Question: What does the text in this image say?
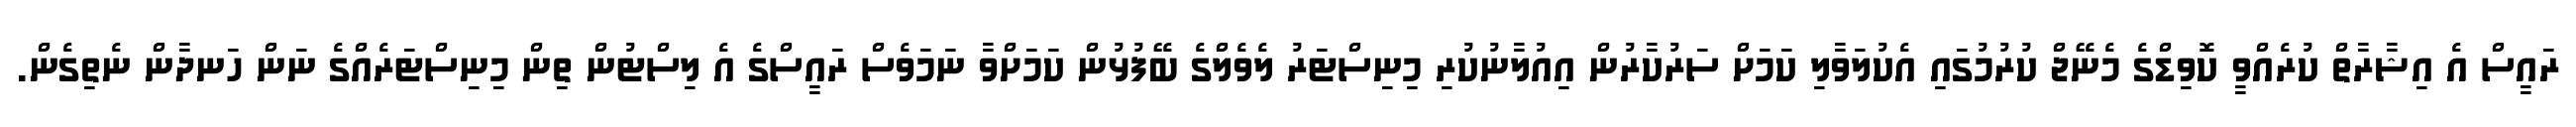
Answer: ރައީސް އެ އިޝާރާތް ކުރެއްވީ ކޮވިޑްގެ މެނޭޖް ކުރުމުގައި އެކުލަވާލި ކަމަށް ސަރުކާރުން އިއުލާނުކުރި މިނިސްޓަރު ލެވެލްގެ ބޭފުޅުން ކަމަށްވާ ނަމަވެސް ރައީސްގެ އެ ލިސްޓުން ތިން މިނިސްޓަރެއްގެ ނަން ހަނދާން ނެތިގެން.